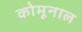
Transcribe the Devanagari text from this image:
कोमूनाल